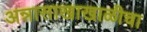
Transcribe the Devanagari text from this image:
अन्नासाखाखाळीचा